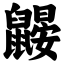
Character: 鼹